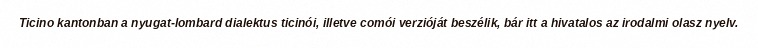
Ticino kantonban a nyugat-lombard dialektus ticinói, illetve comói verzióját beszélik, bár itt a hivatalos az irodalmi olasz nyelv.